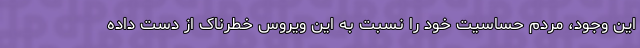
این وجود، مردم حساسیت خود را نسبت به این ویروس خطرناک از دست داده